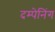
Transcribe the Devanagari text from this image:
दम्पेनिंग